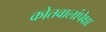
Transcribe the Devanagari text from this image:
कोतवालांपेक्षा